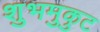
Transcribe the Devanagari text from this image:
शुभमुकुट